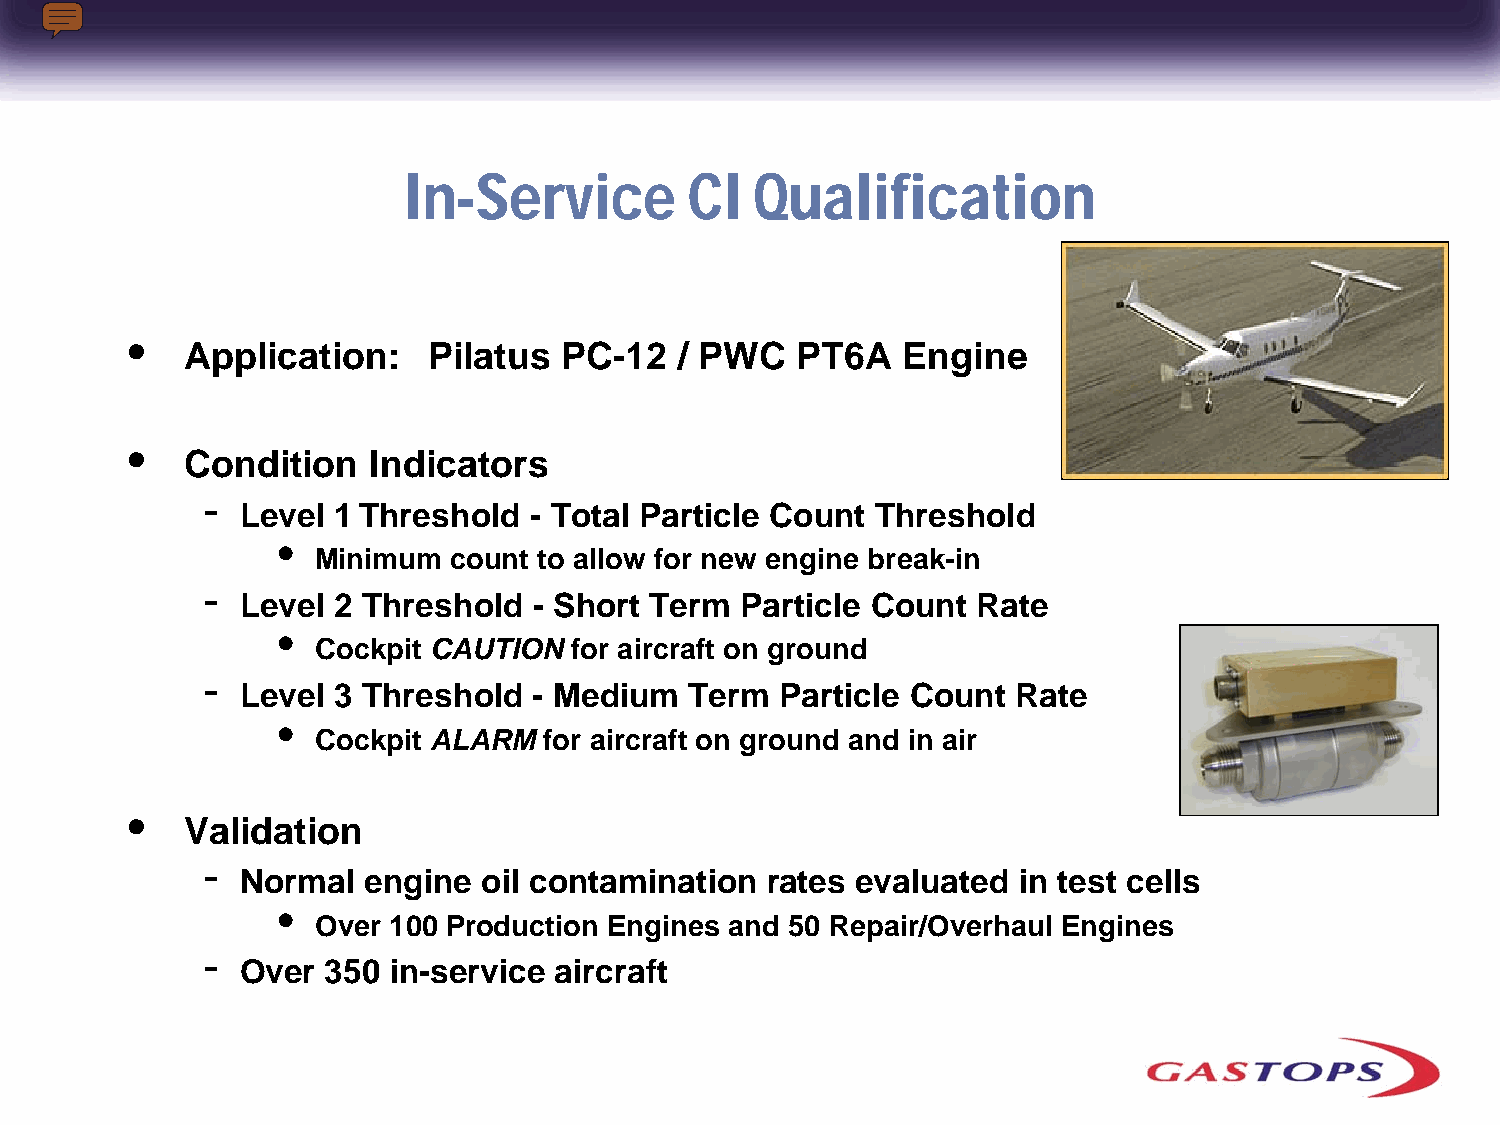
In-Service        CI   Qualification
 •
 Application:    Pilatus  PC-12   / PWC   PT6A   Engine
 •
 Condition   Indicators
 -
 Level 1 Threshold  - Total Particle Count Threshold
 •
 Minimum  count to allow for new engine break-in
 -
 Level 2 Threshold  - Short Term  Particle Count  Rate
 •
 Cockpit CAUTION  for aircraft on ground
 -
 Level 3 Threshold  - Medium   Term  Particle Count Rate
 •
 Cockpit ALARM  for aircraft on ground and in air
 •
 Validation
 -
 Normal  engine  oil contamination  rates evaluated in test cells
 •
 Over 100 Production Engines and 50 Repair/Overhaul Engines
 -
 Over  350 in-service aircraft